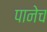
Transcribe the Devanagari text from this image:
पानेच